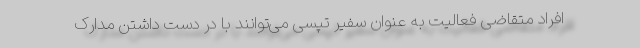
افراد متقاضی فعالیت به عنوان سفیر تپسی می‌توانند با در دست داشتن مدارک